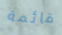
قائمة